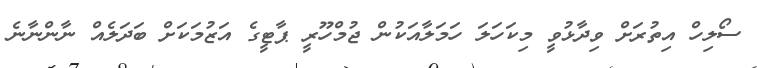
ސޯލިހް އިތުރަށް ވިދާޅުވީ މިކަހަލަ ހަމަލާއަކުން ޖުމްހޫރީ ޕާޓީގެ އަޒުމަކަށް ބަދަލެއް ނާންނާނެ